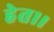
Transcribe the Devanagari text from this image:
हेत।।